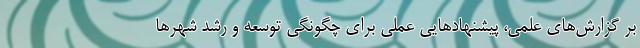
بر گزارش‌های علمی، پیشنهادهایی عملی برای چگونگی توسعه و رشد شهرها